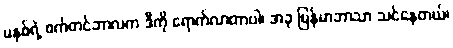
မနှစ်ရဲ့ စက်တင်ဘာလက ဒီကို ရောက်လာတာပါ၊ အခု မြန်မာဘာသာ သင်နေတယ်၊